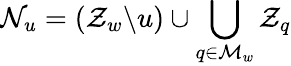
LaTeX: \mathcal{N}_{u}=\left(\mathcal{Z}_{w}\backslash u\right)\cup\bigcup_{q\in\mathcal{M}_{w}}\mathcal{Z}_{q}